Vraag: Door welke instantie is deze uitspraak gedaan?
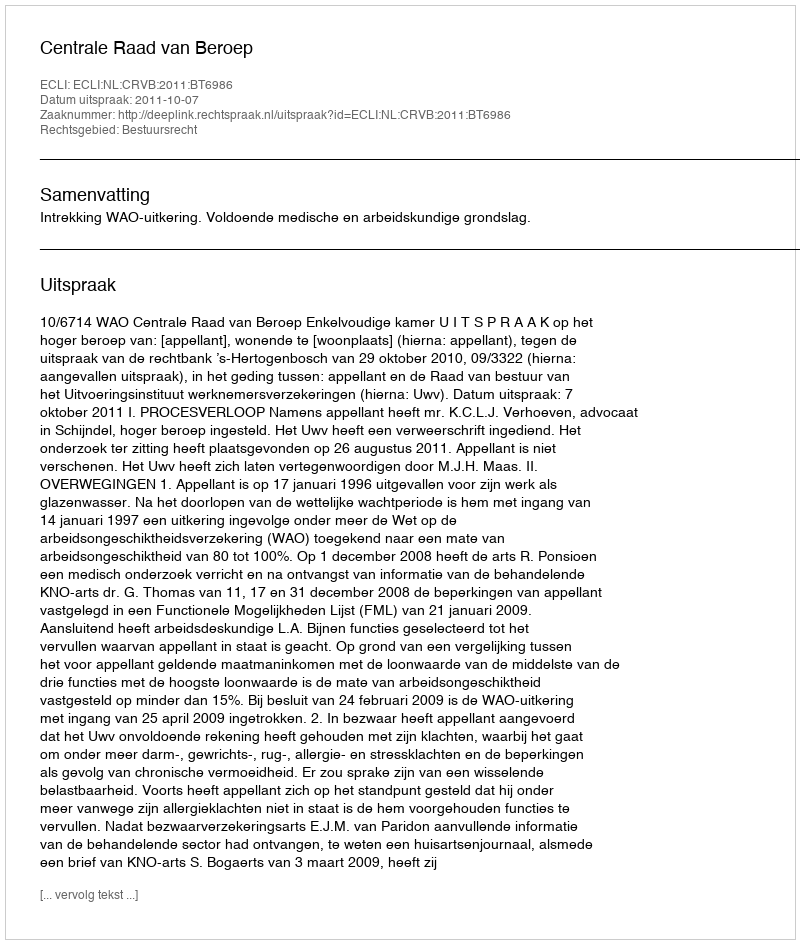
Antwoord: Centrale Raad van Beroep